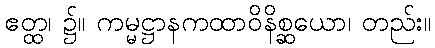
ဧတ္ထ၊ ၌။ ကမ္မဋ္ဌာနကထာဝိနိစ္ဆယော၊ တည်း။